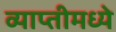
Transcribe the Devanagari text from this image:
व्याप्तीमध्ये